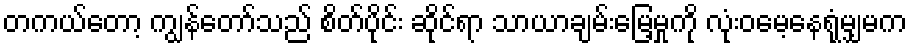
တကယ်တော့ ကျွန်တော်သည် စိတ်ပိုင်း ဆိုင်ရာ သာယာချမ်းမြေ့မှုကို လုံးဝမေ့နေရုံမျှမက